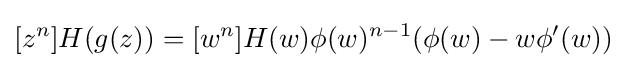
[z^{n}]H(g(z))=[w^{n}]H(w)\phi (w)^{n-1}(\phi (w)-w\phi '(w))